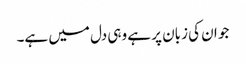
جو ان کی زبان پر ہے وہی دل میں ہے۔